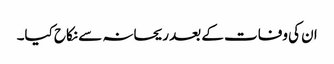
ان کی وفات کے بعد ریحانہ سے نکاح کیا۔